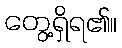
တွေ့ရှိရ၏။